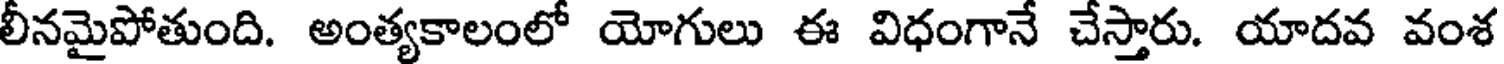
లీనమైపోతుంది. అంత్యకాలంలో యోగులు ఈ విధంగానే చేస్తారు. యాదవ వంశ